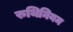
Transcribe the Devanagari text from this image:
रुथिनियम